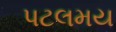
પટલમય